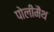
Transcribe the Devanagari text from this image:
पोलीमैथ